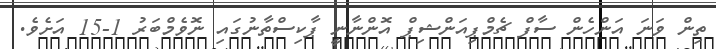
ތިން ވަނަ އަންހެން ސާފް ޗެމްޕިއަންޝިޕް އޮންނާނީ ޕާކިސްތާނުގައި ނޮވެމްބަރު 1-15 އަށެވެ.